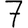
Digit: 7